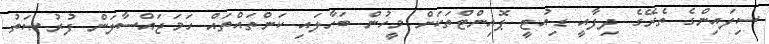
ސިފައިންގެ ތެރޭގެ ދިފާއީ ޑިއުޓީ ޕޮއިންޓްތަކަށް މީހުން ބަހާލައި ކަންތައްތައް ހަމަޖައްސާލަން ފުރުޞަތު